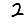
Digit: 2